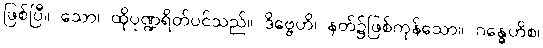
ဖြစ်ပြီ။ သော၊ ထိုပုဏ္ဍရိတ်ပင်သည်။ ဒိဗ္ဗေဟိ၊ နတ်၌ဖြစ်ကုန်သော။ ဂန္ဓေဟိစ၊